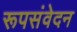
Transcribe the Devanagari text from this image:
रूपसंवेदन